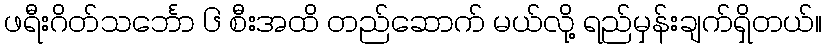
ဖရီးဂိတ်သင်္ဘော ၆ စီးအထိ တည်ဆောက် မယ်လို့ ရည်မှန်းချက်ရှိတယ်။